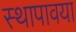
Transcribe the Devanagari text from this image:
स्थापावया